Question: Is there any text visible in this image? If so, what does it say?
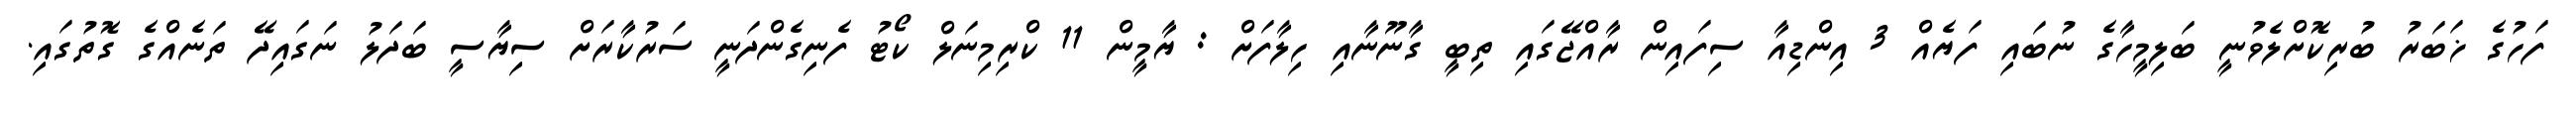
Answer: ފަހުގެ ޚަބަރު ބުރިކޮށްލެވުނީ ބަލިމީހާގެ ނުބައި ފަޔެއް 3 އިންޑިއާ ސިފައިން ރާއްޖޭގައި ތިބީ ގާނޫނާއި ހިލާފަށް : ޔާމީން 11 ކްރިމިނަލް ކޯޓު ފެނިގެންދަނީ ސަރުކާރަށް ސިޔާސީ ބަދަލު ނަގައިދޭ ތަނެއްގެ ގޮތުގައި.